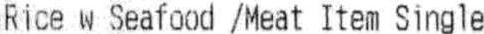
RICE W SEAFOOD /MEAT ITEM SINGLE